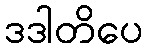
ဒဒါတိပေ